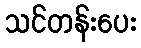
သင်တန်းပေး